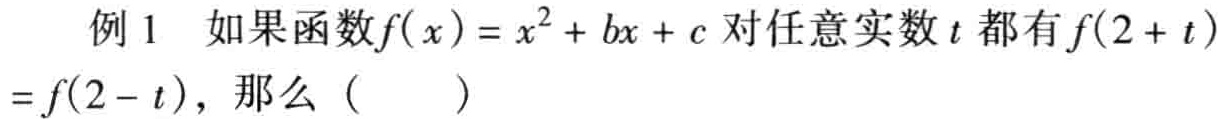
例1 如果函数\(f(x)=x^{2}+bx + c\)对任意实数\(t\)都有\(f(2 + t)=f(2 - t)\)，那么（  ）